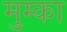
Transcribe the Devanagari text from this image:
मुम्का